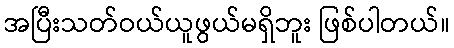
အပြီးသတ်ဝယ်ယူဖွယ်မရှိဘူး ဖြစ်ပါတယ်။